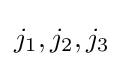
j_{1},j_{2},j_{3}